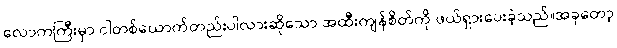
လောကကြီးမှာ ငါတစ်ယောက်တည်းပါလားဆိုသော အထီးကျန်စိတ်ကို ဖယ်ရှားပေးခဲ့သည်။အခုတော့